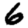
Digit: 6